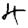
Digit: 4